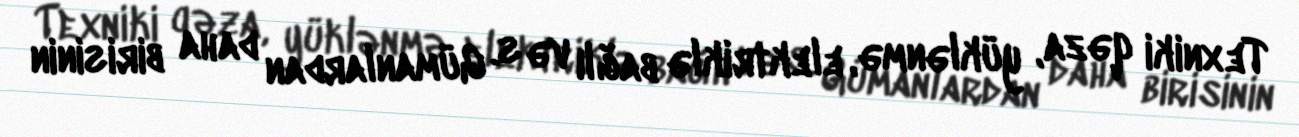
Texniki qəza, yüklənmə, elektriklə bağlı və s. Gümanlardan daha birisinin